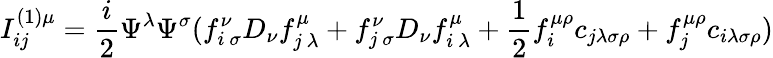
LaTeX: I_{ij}^{(1)\mu}={\frac{i}{2}}\Psi^{\lambda}\Psi^{\sigma}(f_{i~\sigma}^{\nu}D_{\nu}f_{j~\lambda}^{\mu}+f_{j~\sigma}^{\nu}D_{\nu}f_{i~\lambda}^{\mu}+{\frac{1}{2}}f_{i}^{\mu\rho}c_{j\lambda\sigma\rho}+f_{j}^{\mu\rho}c_{i\lambda\sigma\rho})